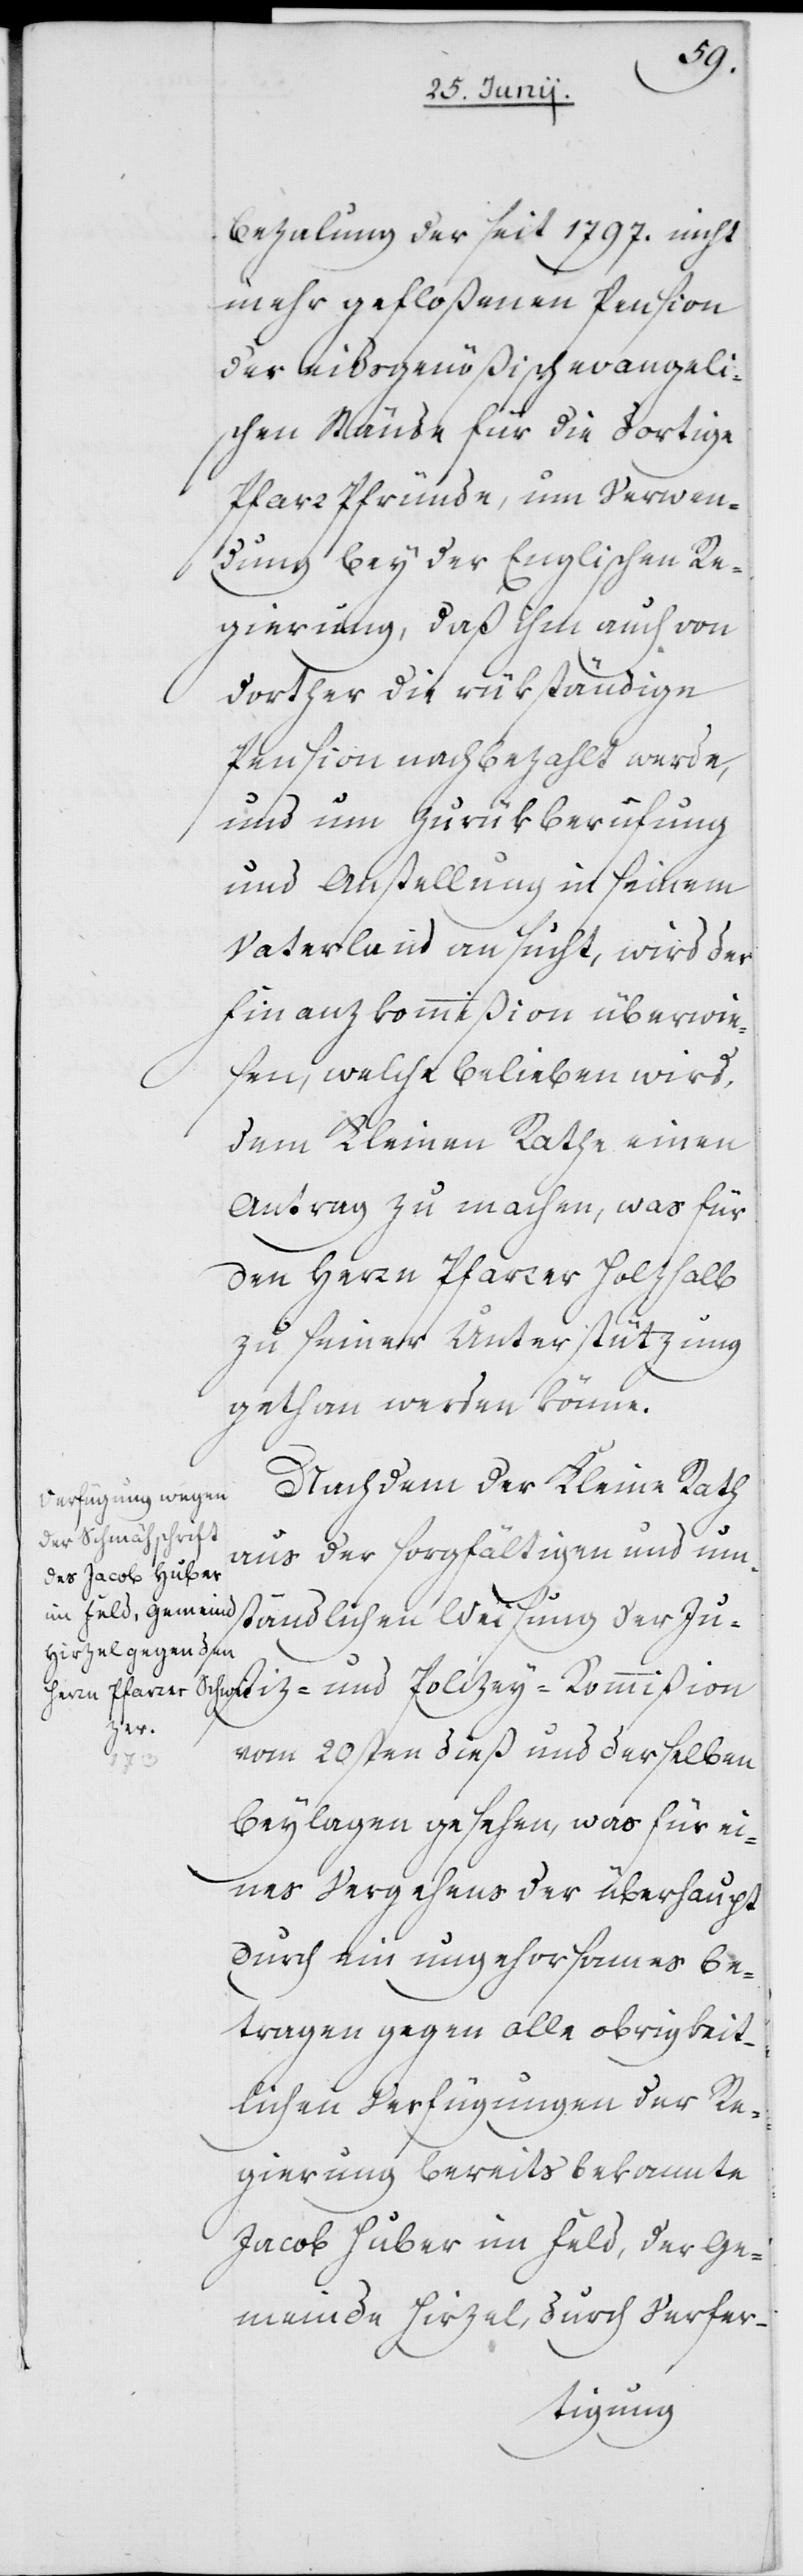
Bezalung der seit 1797. nicht
mehr gefloßenen Pension
der eidsgenößisch evangeli¬
schen Stände für die dortige
Pfarrfpründe, um Verwen¬
dung bey der Englischen Re¬
gierung, daß ihm auch von
dorther die rükständige
Pension nachbezahlt werde,
und um Zurükberufung
und Anstellung in seinem
Vaterland ansucht, wird der
Finanzkommißion überwie¬
sen, welche belieben wird,
dem Kleinen Rathe einen
Antrag zu machen, was für
den Herrn Pfarrer Holzhalb
zu seiner Unterstützung
gethan werden könne.
Nachdem der Kleine Rath
aus der sorgfältigen und um¬
ständlichen Weisung der Ju¬
stiz- und Polizey-Kommißion
vom 20sten dieß und derselben
Beylagen gesehen, was für ei¬
nes Vergehens der überhaupt
durch ein ungehorsames Be¬
tragen gegen alle obrigkeit¬
lichen Verfügungen der Re¬
gierung bereits bekannte
Jacob Huber im Feld, der Ge¬
meinde Hirzel, durch Verfer-